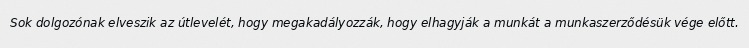
Sok dolgozónak elveszik az útlevelét, hogy megakadályozzák, hogy elhagyják a munkát a munkaszerződésük vége előtt.